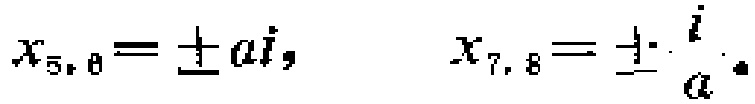
\(x_{5, 6}=\pm ai,\quad x_{7, 8}=\pm\frac{i}{a}\)